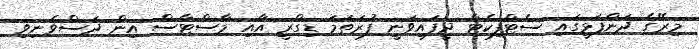
މިރޭގެ ދަންފަޅީގައި ސެޓްފިކެޓް ދީފައިވަނީ ފުރަތަމަ ޑިގްރީ އާއި މާސްޓާސް އިން ދަސްވެނިވި